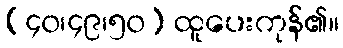
(၄၀၊၄၉၊၅၀) ထူပေးကုန်၏။